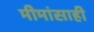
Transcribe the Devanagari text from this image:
मीमांसाही